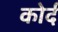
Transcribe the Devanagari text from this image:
कोर्द